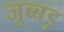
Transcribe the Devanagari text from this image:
जुब्बड़